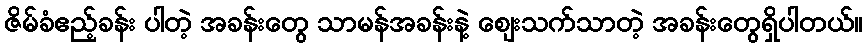
ဇိမ်ခံဧည့်ခန်း ပါတဲ့ အခန်းတွေ သာမန်အခန်းနဲ့ ဈေးသက်သာတဲ့ အခန်းတွေရှိပါတယ်။